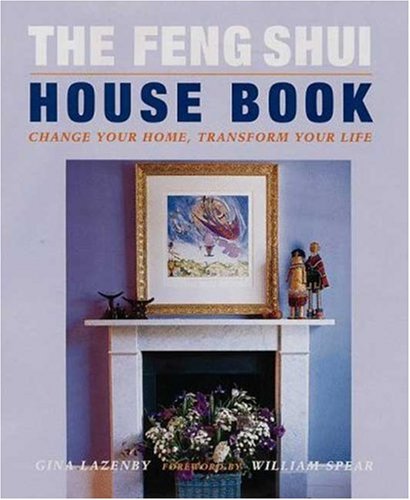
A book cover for The Feng Shui House Book: Change your Home, Transform your Life; Gina Lazenby; Religion & Spirituality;